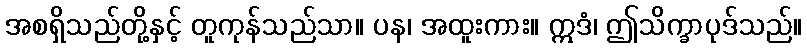
အစရှိသည်တို့နှင့် တူကုန်သည်သာ။ ပန၊ အထူးကား။ ဣဒံ၊ ဤသိက္ခာပုဒ်သည်။